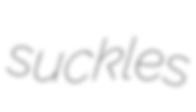
suckles